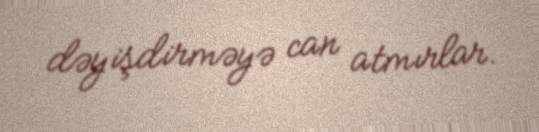
dəyişdirməyə can atmırlar.